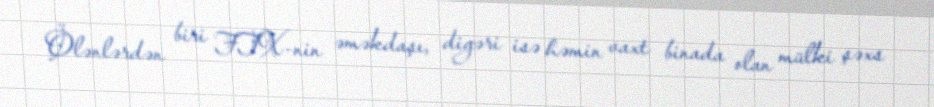
Ölənlərdən biri FTX-nin əməkdaşı, digəri isə həmin vaxt binada olan mülki şəxs